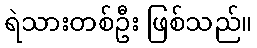
ရဲသားတစ်ဦး ဖြစ်သည်။